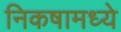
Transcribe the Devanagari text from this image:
निकषामध्ये